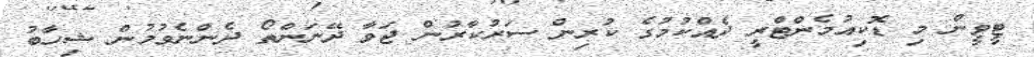
ޓީވީން މި ޑޮކިއުމެންޓްރީ ދެއްކުމުގެ ކުރިން ސަރުކާރުން ޖަވާ ދޭނަންތޯ ދެންނެވުމުން ޝިހާބު